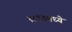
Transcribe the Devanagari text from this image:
१८१४मध्ये